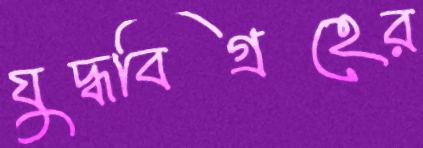
যুদ্ধবিগ্রহের